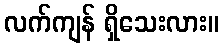
လက်ကျန် ရှိသေးလား။